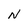
Character: N